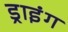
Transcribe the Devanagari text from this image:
ड्राइंंग